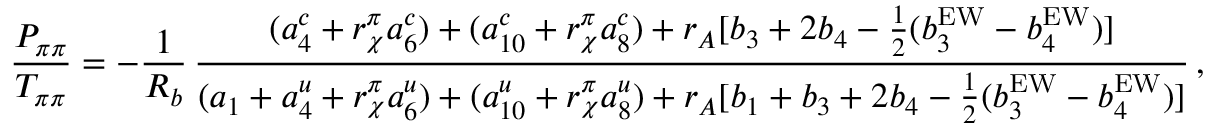
\frac { P _ { \pi \pi } } { T _ { \pi \pi } } = - \frac { 1 } { R _ { b } } \, \frac { ( a _ { 4 } ^ { c } + r _ { \chi } ^ { \pi } a _ { 6 } ^ { c } ) + ( a _ { 1 0 } ^ { c } + r _ { \chi } ^ { \pi } a _ { 8 } ^ { c } ) + r _ { A } [ b _ { 3 } + 2 b _ { 4 } - \frac 1 2 ( b _ { 3 } ^ { \mathrm { E W } } - b _ { 4 } ^ { \mathrm { E W } } ) ] } { ( a _ { 1 } + a _ { 4 } ^ { u } + r _ { \chi } ^ { \pi } a _ { 6 } ^ { u } ) + ( a _ { 1 0 } ^ { u } + r _ { \chi } ^ { \pi } a _ { 8 } ^ { u } ) + r _ { A } [ b _ { 1 } + b _ { 3 } + 2 b _ { 4 } - \frac 1 2 ( b _ { 3 } ^ { \mathrm { E W } } - b _ { 4 } ^ { \mathrm { E W } } ) ] } \, ,